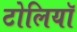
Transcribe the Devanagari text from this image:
टोलियॉ